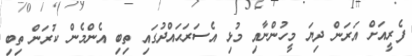
ފެރީއަށް އަރަން ދިޔަ މީހުންނާއި މުޅި އެސަރަޙައްދުގައި ތިބި އެންމެން ކުރަން ތިބި